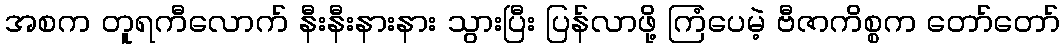
အစက တူရကီလောက် နီးနီးနားနား သွားပြီး ပြန်လာဖို့ ကြံပေမဲ့ ဗီဇာကိစ္စက တော်တော်